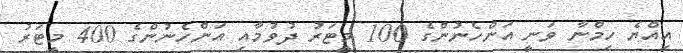
އިއްޔެ ހިމްނާ ވަނީ އަންހެނުންގެ 100 މީޓަރު ދުވުމާއި އަންހެނުންގެ 400 މީޓަރު